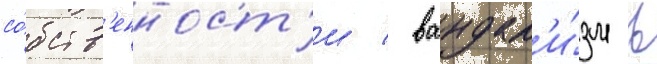
со́бств'енност'и / вандал'и́зм в